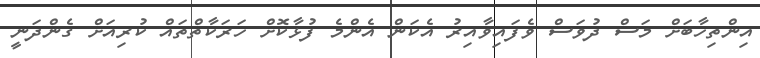
އިންތިހާބަށް މަސް ދުވަސް ވެފައިވާއިރު އެކަން އެންމެ ފުޅާކޮށް ހަރަކާތްތައް ކުރިއަށް ގެންދަނީ